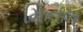
મિનલ